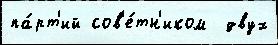
па́рт'ий сов'е́тн'иком  двух